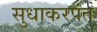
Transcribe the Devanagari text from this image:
सुधाकरपंत